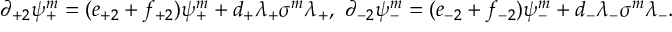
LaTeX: \partial _ { + 2 } \psi _ { + } ^ { m } = ( e _ { + 2 } + f _ { + 2 } ) \psi _ { + } ^ { m } + d _ { + } \lambda _ { + } \sigma ^ { m } \lambda _ { + } , \ \partial _ { - 2 } \psi _ { - } ^ { m } = ( e _ { - 2 } + f _ { - 2 } ) \psi _ { - } ^ { m } + d _ { - } \lambda _ { - } \sigma ^ { m } \lambda _ { - } .